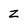
Character: Z